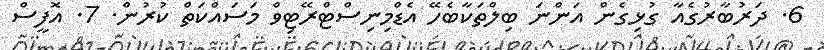
6. ދަރުބާރުގެއާ ގުޅިގެން އަންނަ ބިލްތަކާބެހޭ އެޑްމިނިސްޓްރޭޓިވް މަސައްކަތް ކުރުން. 7. އޮފީސް